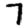
Digit: 7